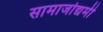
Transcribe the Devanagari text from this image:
सामाजोद्यमी